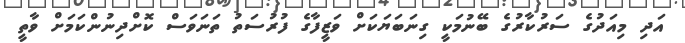
އަދި މިއަދުގެ ސަރުކާރުގެ ބޭނުމަކީ ގިނަބަޔަކަށް ވަޒީފާގެ ފުރުސަތު ތަނަވަސް ކޮށްދިނުންކަމަށް ވާތީ